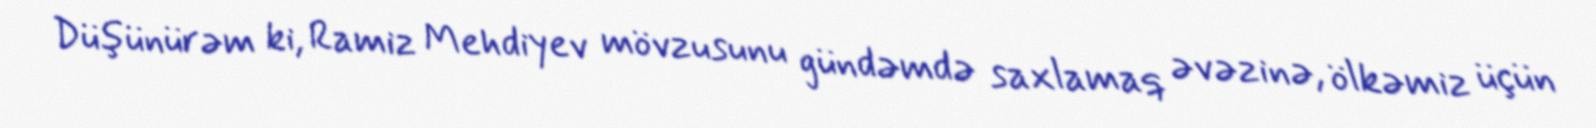
Düşünürəm ki, Ramiz Mehdiyev mövzusunu gündəmdə saxlamaq əvəzinə, ölkəmiz üçün